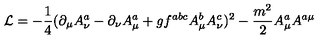
{ \cal L } = - \frac { 1 } { 4 } ( \partial _ { \mu } A _ { \nu } ^ { a } - \partial _ { \nu } A _ { \mu } ^ { a } + g f ^ { a b c } A _ { \mu } ^ { b } A _ { \nu } ^ { c } ) ^ { 2 } - \frac { m ^ { 2 } } { 2 } A _ { \mu } ^ { a } A ^ { a \mu }